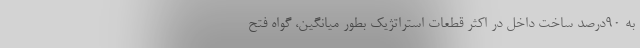
به ۹۰درصد ساخت داخل در اکثر قطعات استراتژیک بطور میانگین، گواه فتح